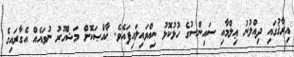
އިރާޤުގައި ދިއްލުނު ޢިލްމާއި ސައިންސުގެ ހުޅުކޮޅު ނިއްވައިލައިފައެވެ. ޚާއްޞަކޮށް މަޝްހޫރު ނުވައެއް އެގާރައިގެ